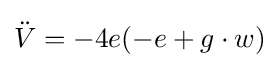
{\ddot {V}}=-4e(-e+g\cdot w)